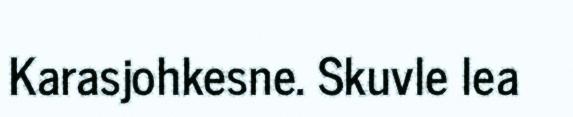
Karasjohkesne. Skuvle lea